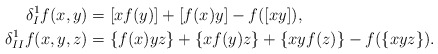
\begin{align*}\delta_I^1 f(x, y)&=[xf(y)]+[f(x)y]-f([xy]),\\\delta_{II}^1 f(x, y, z)&=\{f(x)yz\}+\{xf(y)z\}+\{xyf(z)\}-f(\{xyz\}).\end{align*}